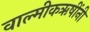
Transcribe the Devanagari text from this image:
वाल्मीकऋषींनी